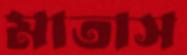
মাতাস